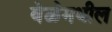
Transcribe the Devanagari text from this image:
वेळेमधील